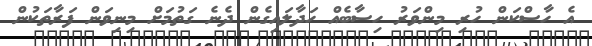
އެ ހާސްކަން ހުރި މިންވަރު ހިސާބެއް ހަދާލައިގެން ދެނެ ގަތުމަށް މިނިވަން ފަރާތަކުން